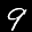
Label: 9